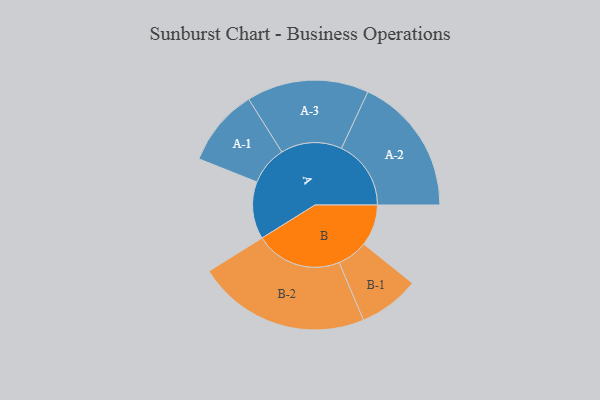
{"axis": {"x": "Segment", "y": "Value"}, "legend": ["", "A", "B"], "data": [{"x": "A", "y": 198, "type": ""}, {"x": "B", "y": 143, "type": ""}, {"x": "A-1", "y": 134, "type": "A"}, {"x": "A-2", "y": 240, "type": "A"}, {"x": "A-3", "y": 211, "type": "A"}, {"x": "B-1", "y": 105, "type": "B"}, {"x": "B-2", "y": 299, "type": "B"}]}